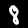
Digit: 8